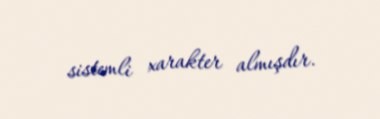
sistemli xarakter almışdır.